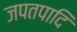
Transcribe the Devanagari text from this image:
जपतपादि